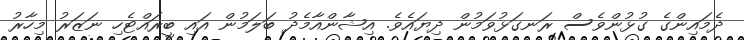
ދެމައިންގެ ގުޅުންވެސް ރަނގަޅުވަމުން ދިޔައެވެ. އިޝާންއާމެދު ބަލަމުން އައި ބީރައްޓެހި ނަޒަރު މިހާރު